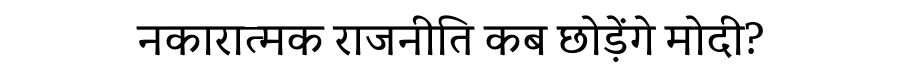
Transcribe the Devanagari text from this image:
नकारात्मक राजनीति कब छोड़ेंगे मोदी?